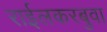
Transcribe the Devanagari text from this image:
राईलकरबुवा